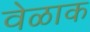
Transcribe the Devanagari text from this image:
वेळाक